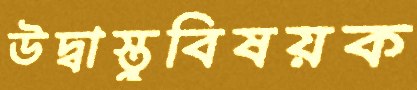
উদ্বাস্তুবিষয়ক